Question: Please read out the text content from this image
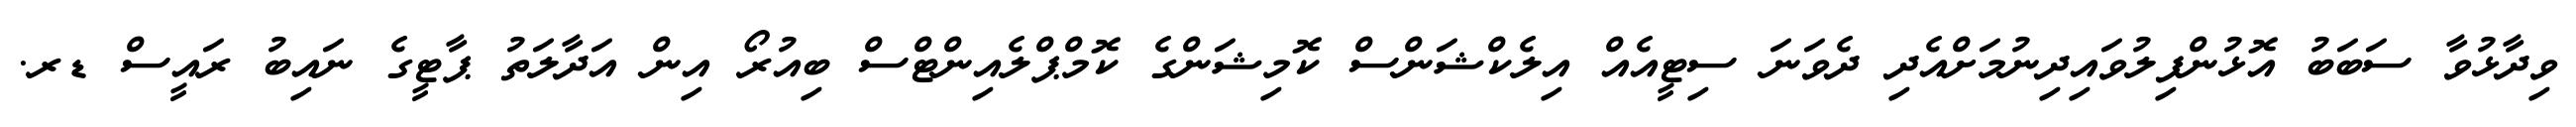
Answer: ވިދާޅުވާ ސަބަބު އޮޅުންފިލުވައިދިނުމަށްއެދި ދެވަނަ ސިޓީއެއް އިލެކްޝަންސް ކޮމިޝަންގެ ކޮމްޕްލެއިންޓްސް ބިއުރޯ އިން އަދާލަތު ޕާޓީގެ ނައިބު ރައީސް ޑރ.